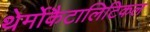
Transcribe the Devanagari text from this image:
थेर्मोकैटालिटिकल